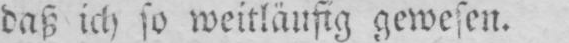
daß ich so weitläufig gewesen.